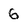
Character: 6